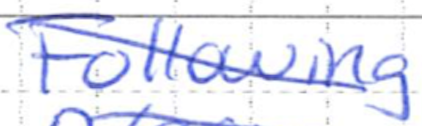
Text: Following
Cross-out: diagonal
Writing tool: ballpoint